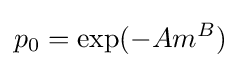
p_{0}=\exp(-Am^{B})